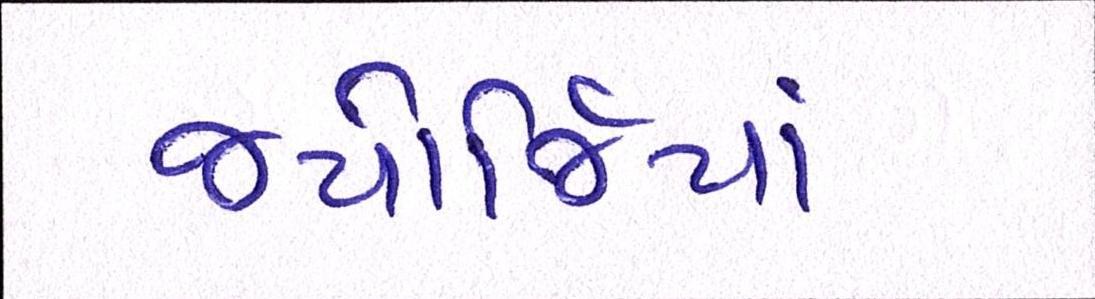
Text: જ્યોર્જિયાં